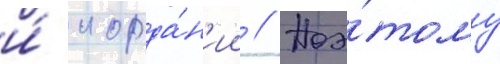
и́ иорда́н'ии // Поэ́тому